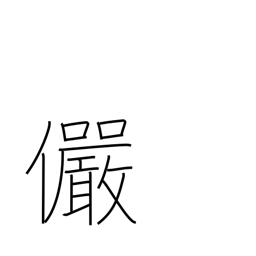
Meaning: serious